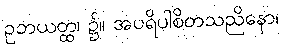
ဥဘယတ္ထ၊ ၌။ အပရိပါစိတသညိနော၊